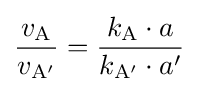
{\frac {v_{\mathrm {A} }}{v_{\mathrm {A'} }}}={\frac {k_{\mathrm {A} }\cdot a}{k_{\mathrm {A'} }\cdot a'}}